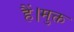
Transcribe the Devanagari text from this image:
हैं।मुक्त